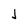
Character: L